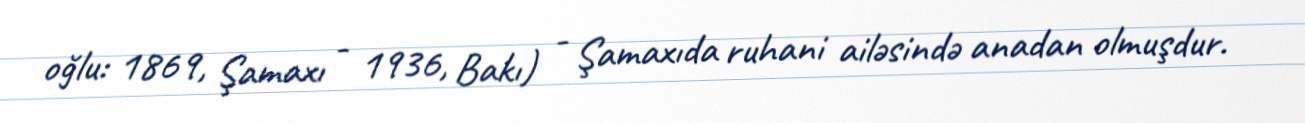
oğlu: 1869, Şamaxı - 1936, Bakı) - Şamaxıda ruhani ailəsində anadan olmuşdur.